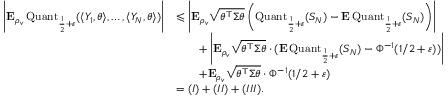
\begin{array} { r l } { \left| { \mathbf E } _ { \rho _ { v } } \operatorname { Q u a n t } _ { \frac { 1 } { 2 } + \varepsilon } ( \langle Y _ { 1 } , \theta \rangle , \ldots , \langle Y _ { N } , \theta \rangle ) \right| } & { \leqslant \left| { \mathbf E } _ { \rho _ { v } } \sqrt { \theta ^ { \top } \Sigma \theta } \left( \operatorname { Q u a n t } _ { \frac { 1 } { 2 } + \varepsilon } ( S _ { N } ) - { \mathbf E } \operatorname { Q u a n t } _ { \frac { 1 } { 2 } + \varepsilon } ( S _ { N } ) \right) \right| } \\ & { \qquad + \left| { \mathbf E } _ { \rho _ { v } } \sqrt { \theta ^ { \top } \Sigma \theta } \cdot ( { \mathbf E } \operatorname { Q u a n t } _ { \frac { 1 } { 2 } + \varepsilon } ( S _ { N } ) - \Phi ^ { - 1 } ( 1 / 2 + \varepsilon ) ) \right| } \\ & { \qquad + { \mathbf E } _ { \rho _ { v } } \sqrt { \theta ^ { \top } \Sigma \theta } \cdot \Phi ^ { - 1 } ( 1 / 2 + \varepsilon ) } \\ & { = ( I ) + ( I I ) + ( I I I ) . } \end{array}